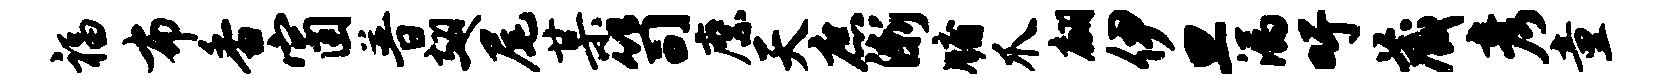
福布香窗普翅尾某笥縻天庶渐牖爪翩伊旦漏吁藏彦童